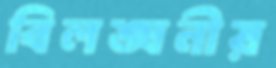
বিলঙ্ঘনীয়